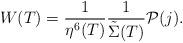
LaTeX: \begin{align*}W(T) = \frac{1}{\eta^6(T)}\frac{1}{{\tilde \Sigma}(T)}{\cal P}(j).\end{align*}